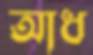
আধ